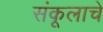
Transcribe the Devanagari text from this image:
संकूलाचे